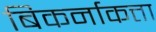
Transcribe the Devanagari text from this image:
बिकर्नाकत्ता